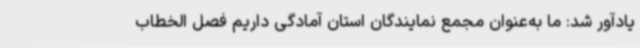
یادآور شد: ما به‌عنوان مجمع نمایندگان استان آمادگی داریم فصل الخطاب